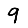
Digit: 9